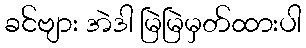
ခင်ဗျား အဲဒါ မြဲမြဲမှတ်ထားပါ